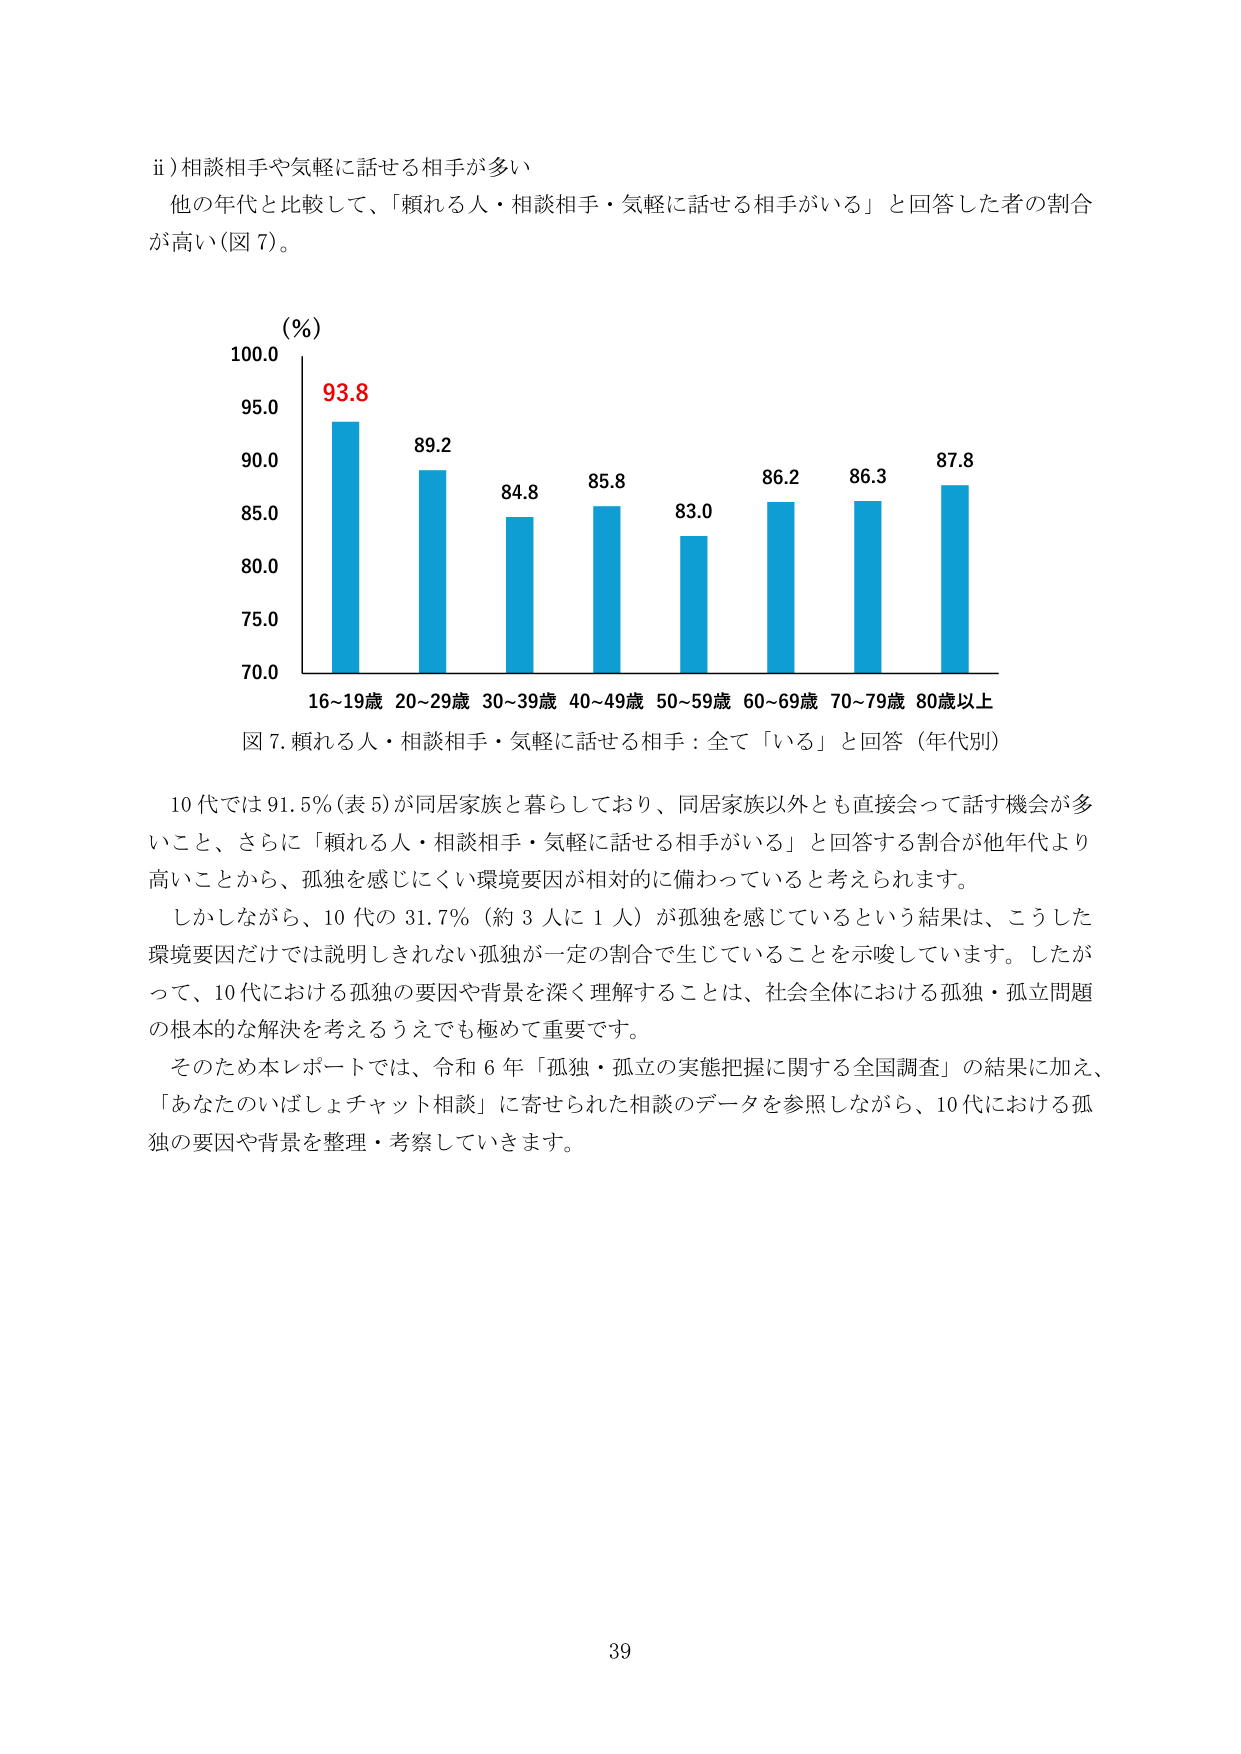
ii) 相談相手や気軽に話せる相手が多い
他の年代と比較して、「頼れる人・相談相手・気軽に話せる相手がいる」と回答した者の割合が高い（図7）。

(%)
100.0
95.0  93.8
90.0
85.0  89.2  84.8  85.8  83.0  86.2  86.3  87.8
80.0
75.0
70.0
16~19歳  20~29歳  30~39歳  40~49歳  50~59歳  60~69歳  70~79歳  80歳以上
図7. 頼れる人・相談相手・気軽に話せる相手：全て「いる」と回答（年代別）

10代では91.5%（表5）が同居家族と暮らしており、同居家族以外とも直接会って話す機会が多いこと、さらに「頼れる人・相談相手・気軽に話せる相手がいる」と回答する割合が他年代より高いことから、孤独を感じにくい環境要因が相対的に備わっていると考えられます。
しかしながら、10代の31.7%（約3人に1人）が孤独を感じているという結果は、こうした環境要因だけでは説明しきれない孤独が一定の割合で生じていることを示唆しています。したがって、10代における孤独の要因や背景を深く理解することは、社会全体における孤独・孤立問題の根本的な解決を考えるうえでも極めて重要です。
そのため本レポートでは、令和6年「孤独・孤立の実態把握に関する全国調査」の結果に加え、「あなたのいばしょチャット相談」に寄せられた相談のデータを参照しながら、10代における孤独の要因や背景を整理・考察していきます。

39